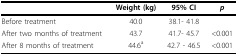
<table><thead><tr><td></td><td><b>Weight (kg)</b></td><td><b>95% CI</b></td><td><b><i>p</i></b></td></tr></thead><tbody><tr><td>Before treatment</td><td>40.0</td><td>38.1- 41.8</td><td></td></tr><tr><td>After two months of treatment</td><td>43.7</td><td>41.7- 45.7</td><td>&lt;0.001</td></tr><tr><td>After 8 months of treatment</td><td>44.6<sup>a</sup></td><td>42.7 - 46.5</td><td>&lt;0.001</td></tr></tbody></table>